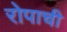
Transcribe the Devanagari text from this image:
रोपाची